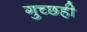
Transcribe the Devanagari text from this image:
गुच्छही